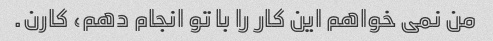
من نمی خواهم این کار را با تو انجام دهم، کارن.